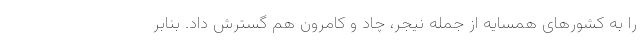
را به کشورهای همسایه از جمله نیجر، چاد و کامرون هم گسترش داد. بنابر